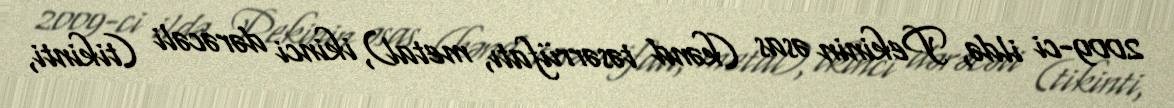
2009-ci ildə, Pekinin əsas (kənd təsərrüfatı, metal), ikinci dərəcəli (tikinti,